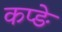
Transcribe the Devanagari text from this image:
कप्ङे